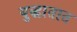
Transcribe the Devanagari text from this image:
युद्धातात